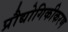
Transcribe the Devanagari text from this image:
प्रौद्योगिकीकरण